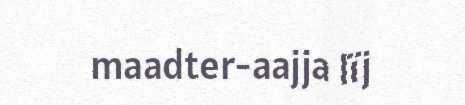
maadter-aajja lïj